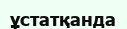
ұстатқанда